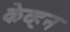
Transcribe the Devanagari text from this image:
केव्हन